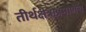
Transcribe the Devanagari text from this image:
तीर्थक्षेत्राप्रमाणेच